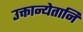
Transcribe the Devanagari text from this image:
उक्तान्येतानि